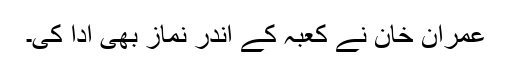
عمران خان نے کعبہ کے اندر نماز بھی ادا کی۔